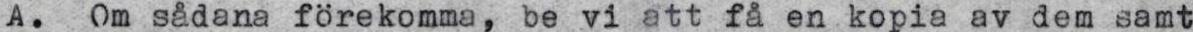
A. Om sådana förekomma, be vi att få en kopia av dem samt